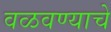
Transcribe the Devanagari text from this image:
वळवण्याचे